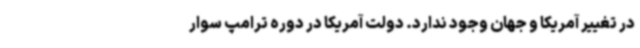
در تغییر آمریکا و جهان وجود ندارد. دولت آمریکا در دوره ترامپ سوار